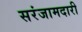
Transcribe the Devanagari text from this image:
सरंजामदारी